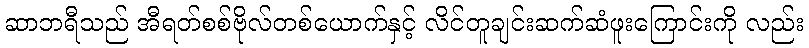
ဆာဘရီသည် အီရတ်စစ်ဗိုလ်တစ်ယောက်နှင့် လိင်တူချင်းဆက်ဆံဖူးကြောင်းကို လည်း